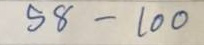
58 - 100